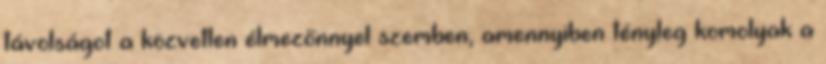
távolságot a közvetlen élmezőnnyel szemben, amennyiben tényleg komolyak a